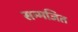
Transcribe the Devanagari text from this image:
सम्मजित